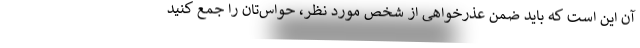
آن این است که باید ضمن عذرخواهی از شخص مورد نظر، حواس‌تان را جمع کنید